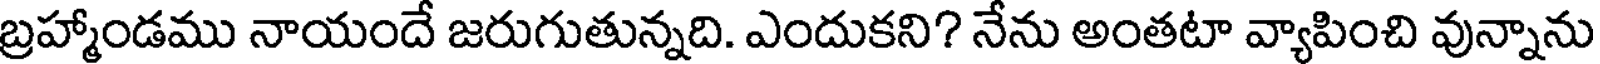
బ్రహ్మాండము నాయందే జరుగుతున్నది. ఎందుకని? నేను అంతటా వ్యాపించి వున్నాను